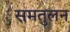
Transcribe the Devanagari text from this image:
समतुलन